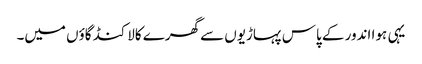
یہی ہوا اندور کے پاس پہاڑیوں سے گھرے کالاکنڈ گاؤں میں۔